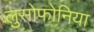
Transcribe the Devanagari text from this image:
लुसोफोनिया